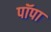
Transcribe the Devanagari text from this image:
पॉपा